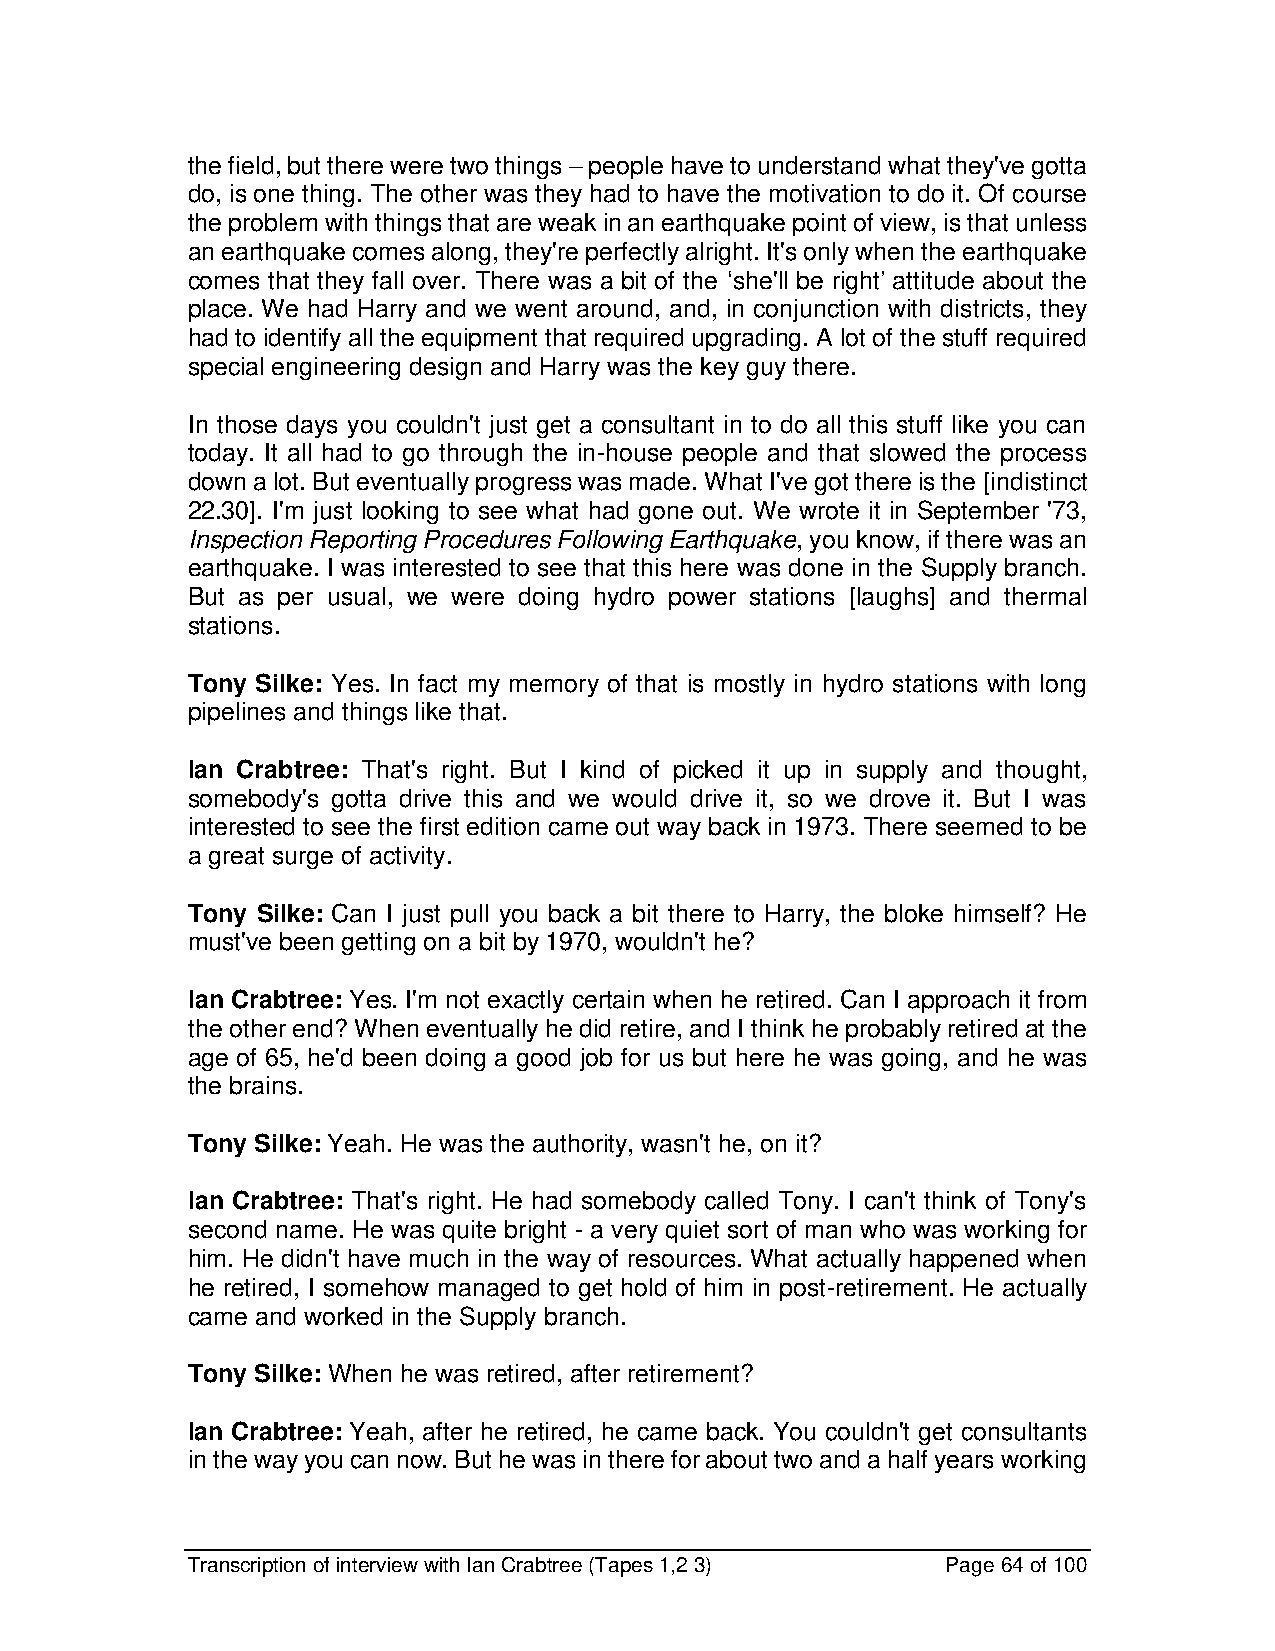
the field, but there were two things – people have to understand what they've gotta
 do, is one thing. The other was they had to have the motivation to do it. Of course
 the problem with things that are weak in an earthquake point of view, is that unless
 an earthquake comes along, they're perfectly alright. It's only when the earthquake
 comes that they fall over. There was a bit of the ‘she'll be right’ attitude about the
 place. We had Harry and we went around, and, in conjunction with districts, they
 had to identify all the equipment that required upgrading. A lot of the stuff required
 special engineering design and Harry was the key guy there.
 In those days you couldn't just get a consultant in to do all this stuff like you can
 today. It all had to go through the in-house people and that slowed the process
 down a lot. But eventually progress was made. What I've got there is the [indistinct
 22.30]. I'm just looking to see what had gone out. We wrote it in September '73,
 Inspection Reporting Procedures Following Earthquake, you know, if there was an
 earthquake. I was interested to see that this here was done in the Supply branch.
 But as per usual, we were doing hydro power stations [laughs] and thermal
 stations.
 Tony Silke: Yes. In fact my memory of that is mostly in hydro stations with long
 pipelines and things like that.
 Ian Crabtree: That's right. But I kind of picked it up in supply and thought,
 somebody's gotta drive this and we would drive it, so we drove it. But I was
 interested to see the first edition came out way back in 1973. There seemed to be
 a great surge of activity.
 Tony Silke: Can I just pull you back a bit there to Harry, the bloke himself? He
 must've been getting on a bit by 1970, wouldn't he?
 Ian Crabtree: Yes. I'm not exactly certain when he retired. Can I approach it from
 the other end? When eventually he did retire, and I think he probably retired at the
 age of 65, he'd been doing a good job for us but here he was going, and he was
 the brains.
 Tony Silke: Yeah. He was the authority, wasn't he, on it?
 Ian Crabtree: That's right. He had somebody called Tony. I can't think of Tony's
 second name. He was quite bright - a very quiet sort of man who was working for
 him. He didn't have much in the way of resources. What actually happened when
 he retired, I somehow managed to get hold of him in post-retirement. He actually
 came and worked in the Supply branch.
 Tony Silke: When he was retired, after retirement?
 Ian Crabtree: Yeah, after he retired, he came back. You couldn't get consultants
 in the way you can now. But he was in there for about two and a half years working
 Transcription of interview with Ian Crabtree (Tapes 1,2 3) Page 64 of 100